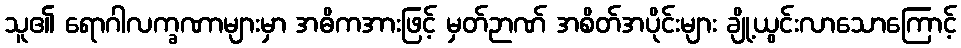
သူ၏ ရောဂါလက္ခဏာများမှာ အဓိကအားဖြင့် မှတ်ဉာဏ် အစိတ်အပိုင်းများ ချို့ယွင်းလာသောကြောင့်